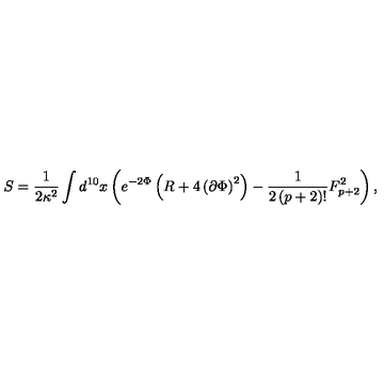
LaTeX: S = \frac { 1 } { 2 \kappa ^ { 2 } } \int d ^ { 1 0 } x \left( e ^ { - 2 \Phi } \left( R + 4 \left( \partial \Phi \right) ^ { 2 } \right) - \frac { 1 } { 2 \left( p + 2 \right) ! } F _ { p + 2 } ^ { 2 } \right) ,